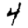
Digit: 4